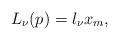
LaTeX: \begin{align*}L_{\nu}(p)=l_{\nu}x_{m},\end{align*}